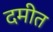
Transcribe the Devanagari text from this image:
दमीत